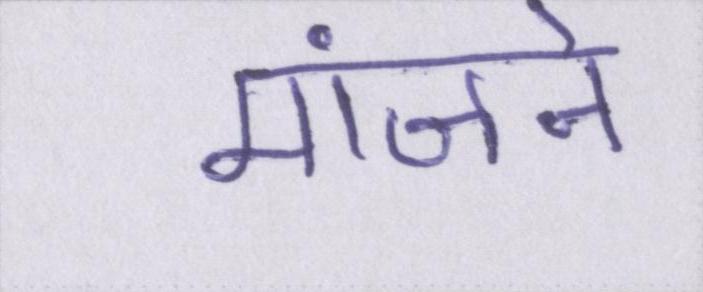
मांजने